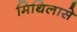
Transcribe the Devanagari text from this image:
मिथिलासे